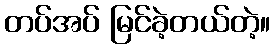
တပ်အပ် မြင်ခဲ့တယ်တဲ့။